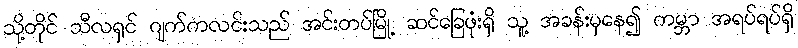
သို့တိုင် သီလရှင် ဂျက်ကလင်းသည် အင်းတပ်မြို့ ဆင်ခြေဖုံးရှိ သူ့ အခန်းမှနေ၍ ကမ္ဘာ အရပ်ရပ်ရှိ